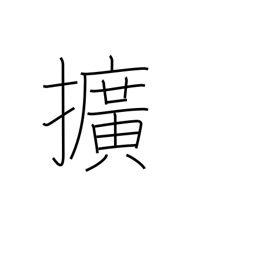
Meaning: broaden